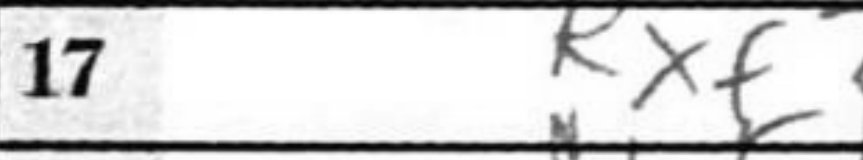
Transcription: Rxf2